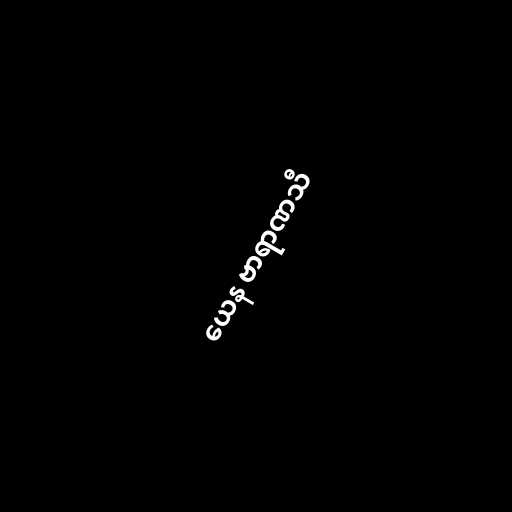
ယေန ဗာရာဏသီ